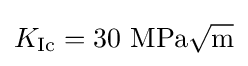
K_{\text{Ic}}=30{\text{ MPa}}{\sqrt {\text{m}}}